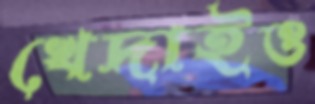
খেদাইও